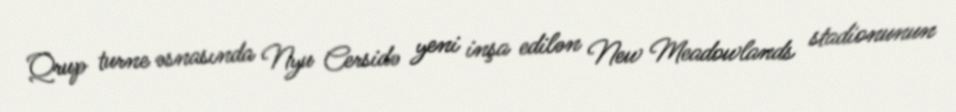
Qrup turne əsnasında Nyu Cersidə yeni inşa edilən New Meadowlands stadionunun